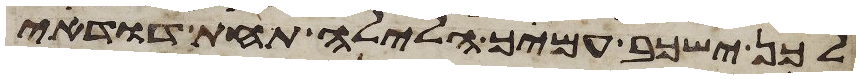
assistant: לכן ישכב עמיך הלילה תחת דודי